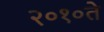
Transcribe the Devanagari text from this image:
२०१०ते